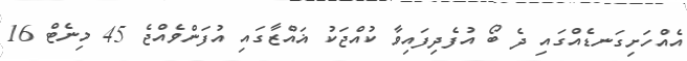
އެއްހަށިގަނޑެއްގައި ދެ ބޯ އުފެދިފައިވާ ކުއްޖަކު ޣައްޒާގައި އުފަންވެއްޖެ 45 މިނެޓް 16